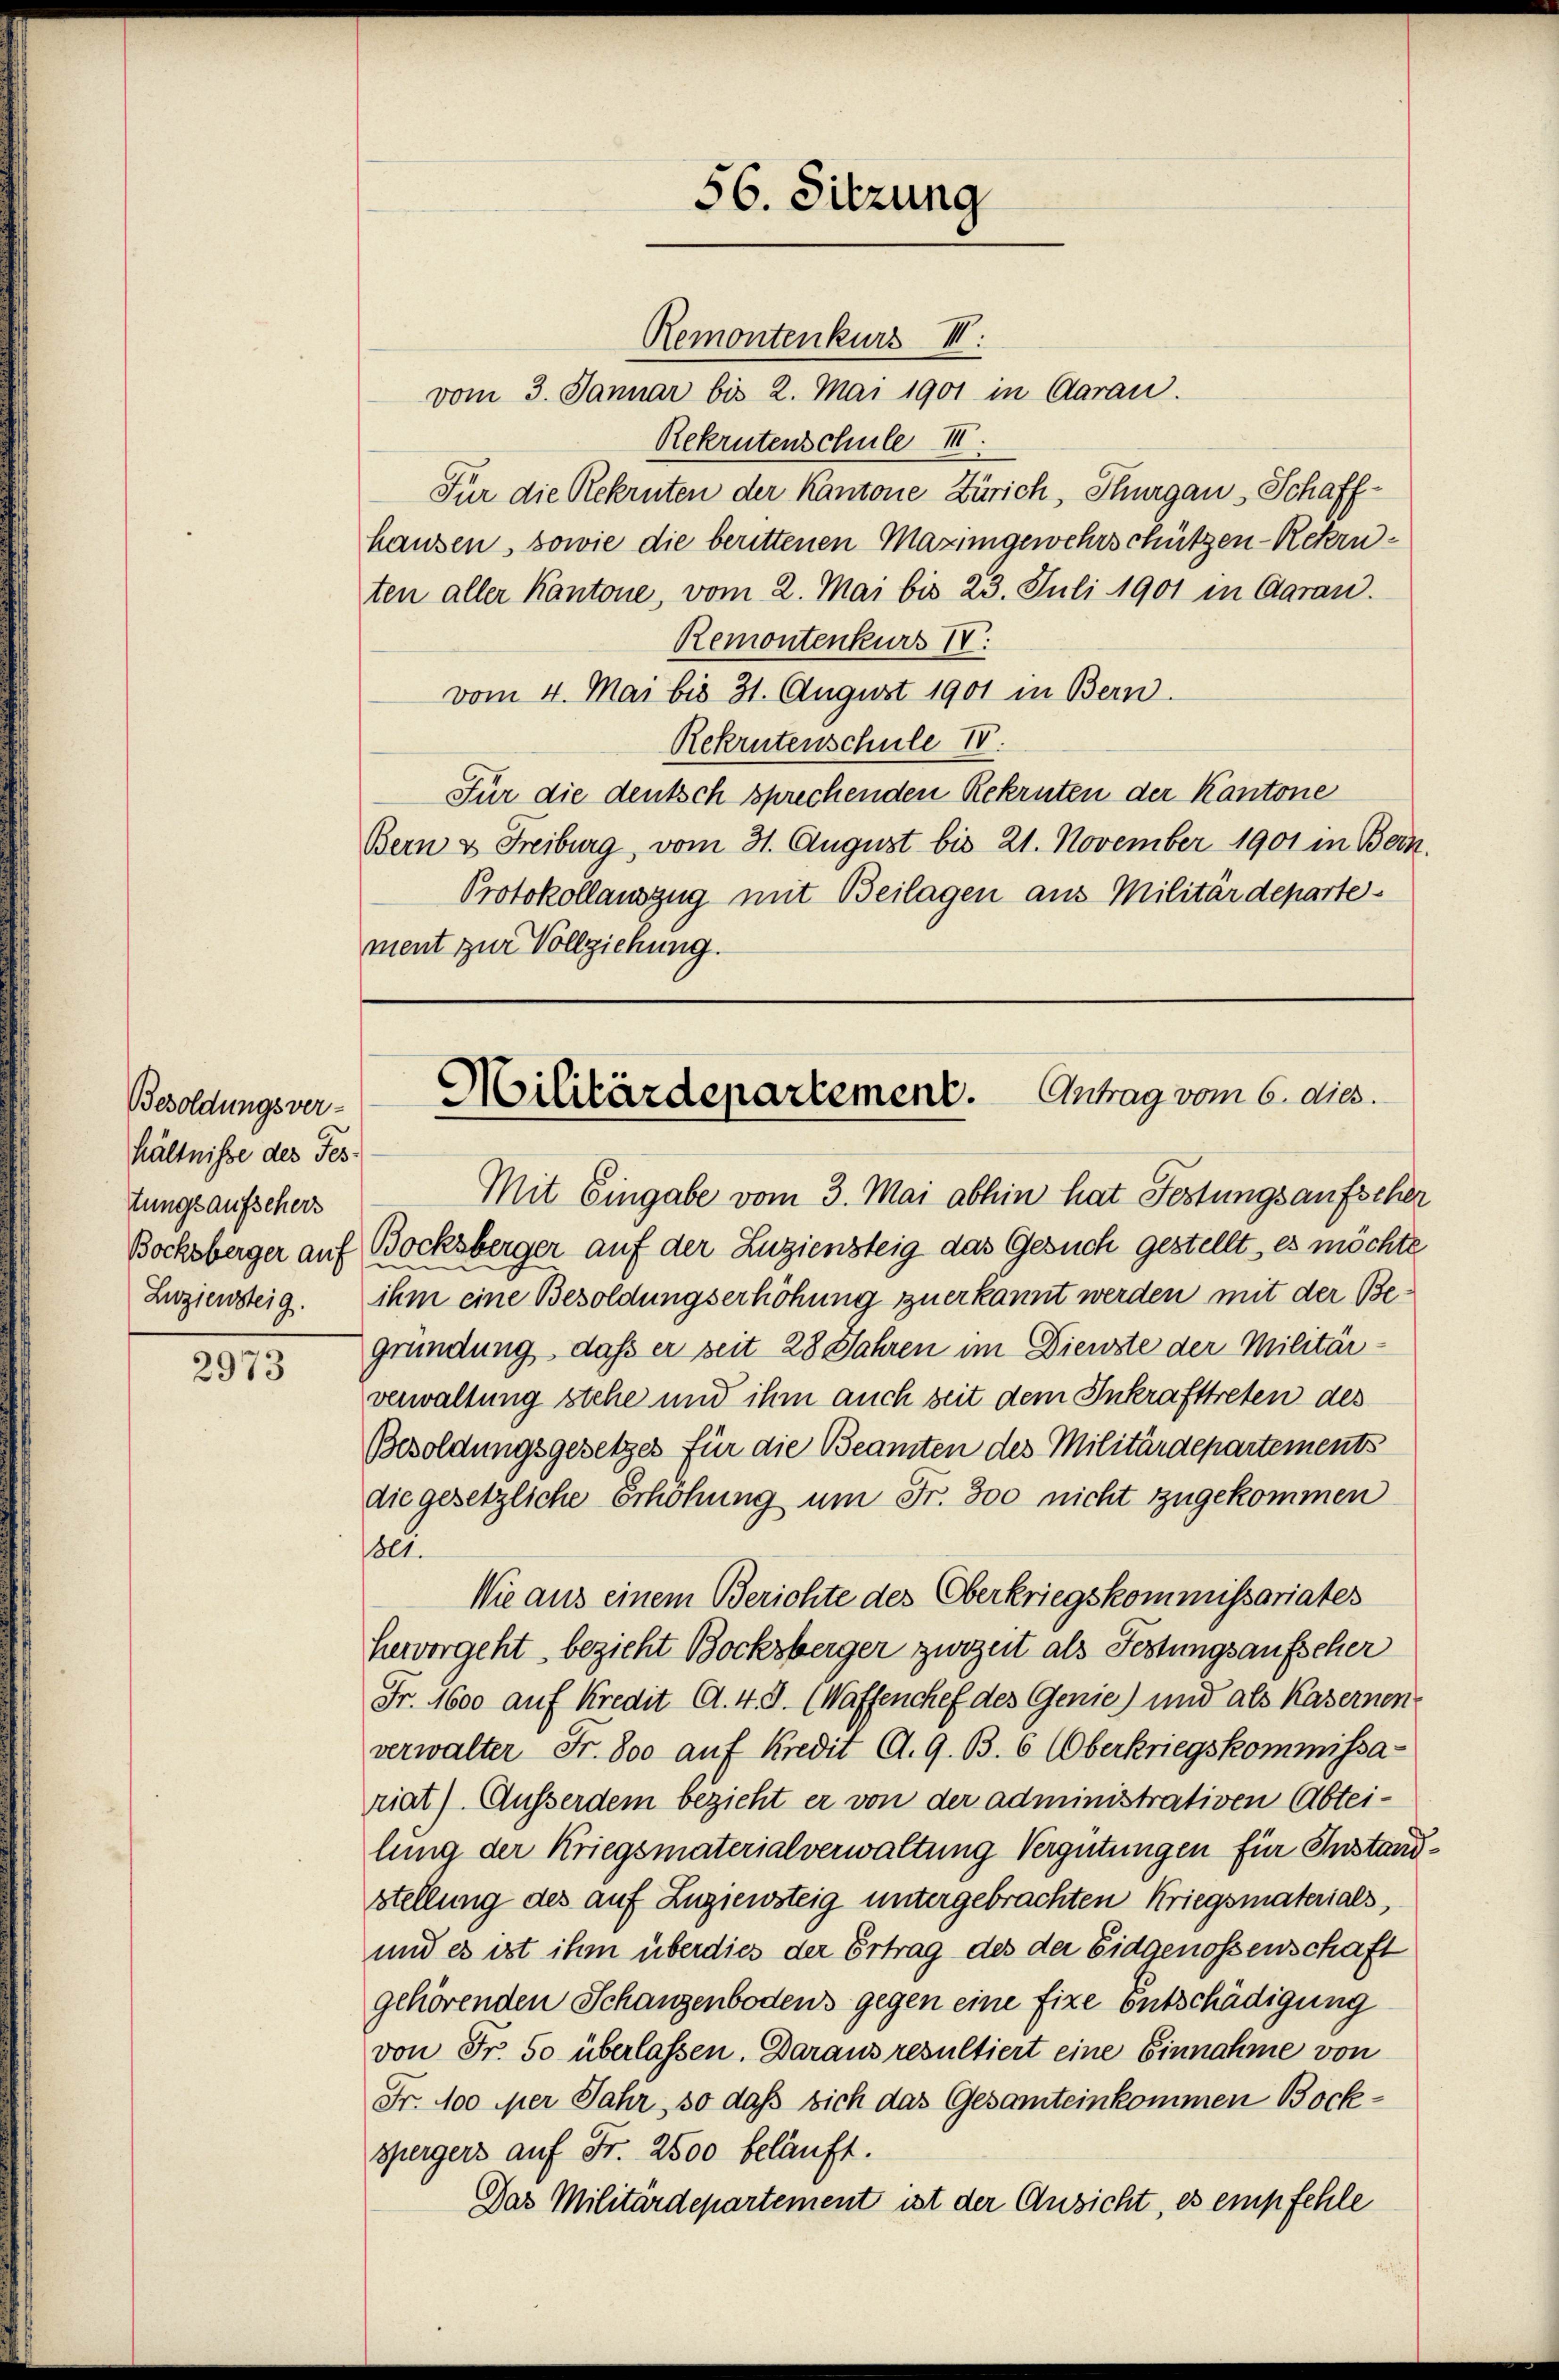
Besoldungsver-
hältnisse des Fes
tungsaufschers

2973

56. Sitzung

Remontenkurs III
vom 3. Januar bis 2. Mai 1901 in Garan.
Rekrutenschule III.
Für die Rekruten der Kantone Zürich, Thurgau, Schaffhausen, sowie die berittenen Maximgewehrschützen-Rekruten aller Kantone, vom 2. Mai bis 23. Juli 1901 in Garan.
Remontenkurs IV.
vom 4. Mai bis 31. August 1901 in Bern.
Rekrutenschule IV.
Für die deutsch sprechenden Rekruten der Kantone
Bern & Freiburg, vom 31. August bis 21. November 1901 in Bern.
Protokollauszug mit Beilagen aus Militärdepartement zur Vollziehung.

Militärdepartement. Antrag vom 6. dies

Mit Eingabe vom 3. Mai abhin hat Festungsaufscher
Bocksberger auf Bocksberger auf der Zuziensteig das Gesuch gestellt, es möchte
Liziensteig. ihm eine Besoldungserhöhung zuerkannt werden mit der Begründung, daß er seit 28 Jahren im Dienste der Militärverwaltung stehe und ihm auch seit dem Inkrafttreten des
Besoldungsgesetzes für die Beamten des Militärdepartements
die gesetzliche Erhöhung um Fr. 300 nicht zugekommen
lt.
Wie aus einem Berichte des Oberkriegskommissariates
hervorgeht, bezieht Bocksberger zurzeit als Festungsaufscher
Fr. 1600 auf Kredit A. 4.8. (Waffenchef des Genie) und als Kasernen
verwalter Fr. 800 auf Kredit A. G. B. 6 (Oberkriegskommissa-
riat) Ausserdem bezieht er von der administrativen Abtei-
lung der Kriegsmaterialverwaltung Vergütungen für Instandstellung des auf Zuziewsteig untergebrachten Kriegsmaterials,
und es ist ihm überdies der Ertrag des der Eidgenossenschaft
gehörenden Schanzenbodens gegen eine fixe Entschädigung
von Fr. 50 überlassen. Daraus resultiert eine Einnahme von
Fr. 100 per Jahr, so daß sich das Gesamteinkommen Bockspergers auf Fr. 2500 beläuft.
Das Militärdepartement ist der Ansicht, es empfehle